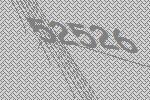
52526